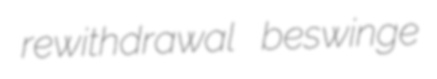
rewithdrawal beswinge